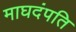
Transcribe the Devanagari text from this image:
माघदंपति